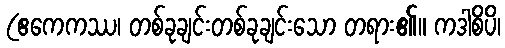
(ဧကေကဿ၊ တစ်ခုချင်းတစ်ခုချင်းသော တရား၏။ ကဒါစိပိ၊